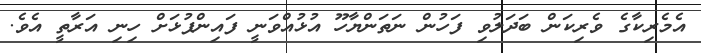
އެމެރިކާގެ ވެރިކަން ބަދަލުވި ފަހުން ނަތަންޔާހޫ އުޅުއްވަނީ ފައިންޕުޅަށް ހިނި އަރާތީ އެވެ.